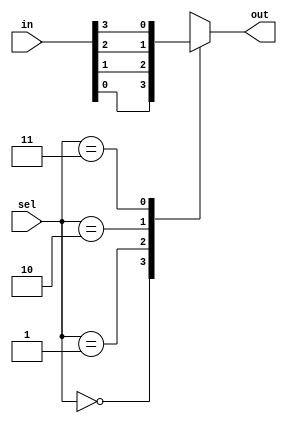
module mux4(out, in, sel);

    input [3:0] in;
    input [1:0] sel;
    output out;
    reg out;

    always @*
        case (sel)
            2'b00: out = in[0];
            2'b01: out = in[1];
            2'b10: out = in[2];
            2'b11: out = in[3];
        endcase
endmodule